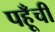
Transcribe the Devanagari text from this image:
पहूँची